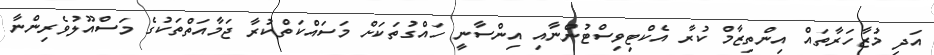
އަދި މުޒާހަރާތައް އިންތިޒާމް ކުރާ އެކްޓިވިސްޓުންނާއި އިންސާނީ ހައްގުތަކަށް މަސައްކަތްކުރާ ޖަމާއަތްތަކުގެ މަސްއޫލުވެރިންނާ